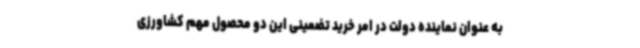
به عنوان نماینده دولت در امر خرید تضمینی این دو محصول مهم کشاورزی